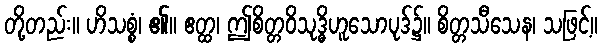
တို့တည်း။ ဟိသစ္စံ၊ ၏။ ဧတ္ထ၊ ဤစိတ္တဝိသုဒ္ဓိဟူသောပုဒ်၌။ စိတ္တသီသေန၊ သဖြင့်။